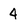
Character: 4